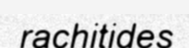
rachitides